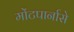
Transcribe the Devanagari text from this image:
मोंटपार्नासे